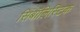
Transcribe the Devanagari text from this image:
सिंबॉलिस्टिक